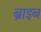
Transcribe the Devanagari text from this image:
ब्राइब